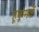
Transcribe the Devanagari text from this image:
हूकूमतें